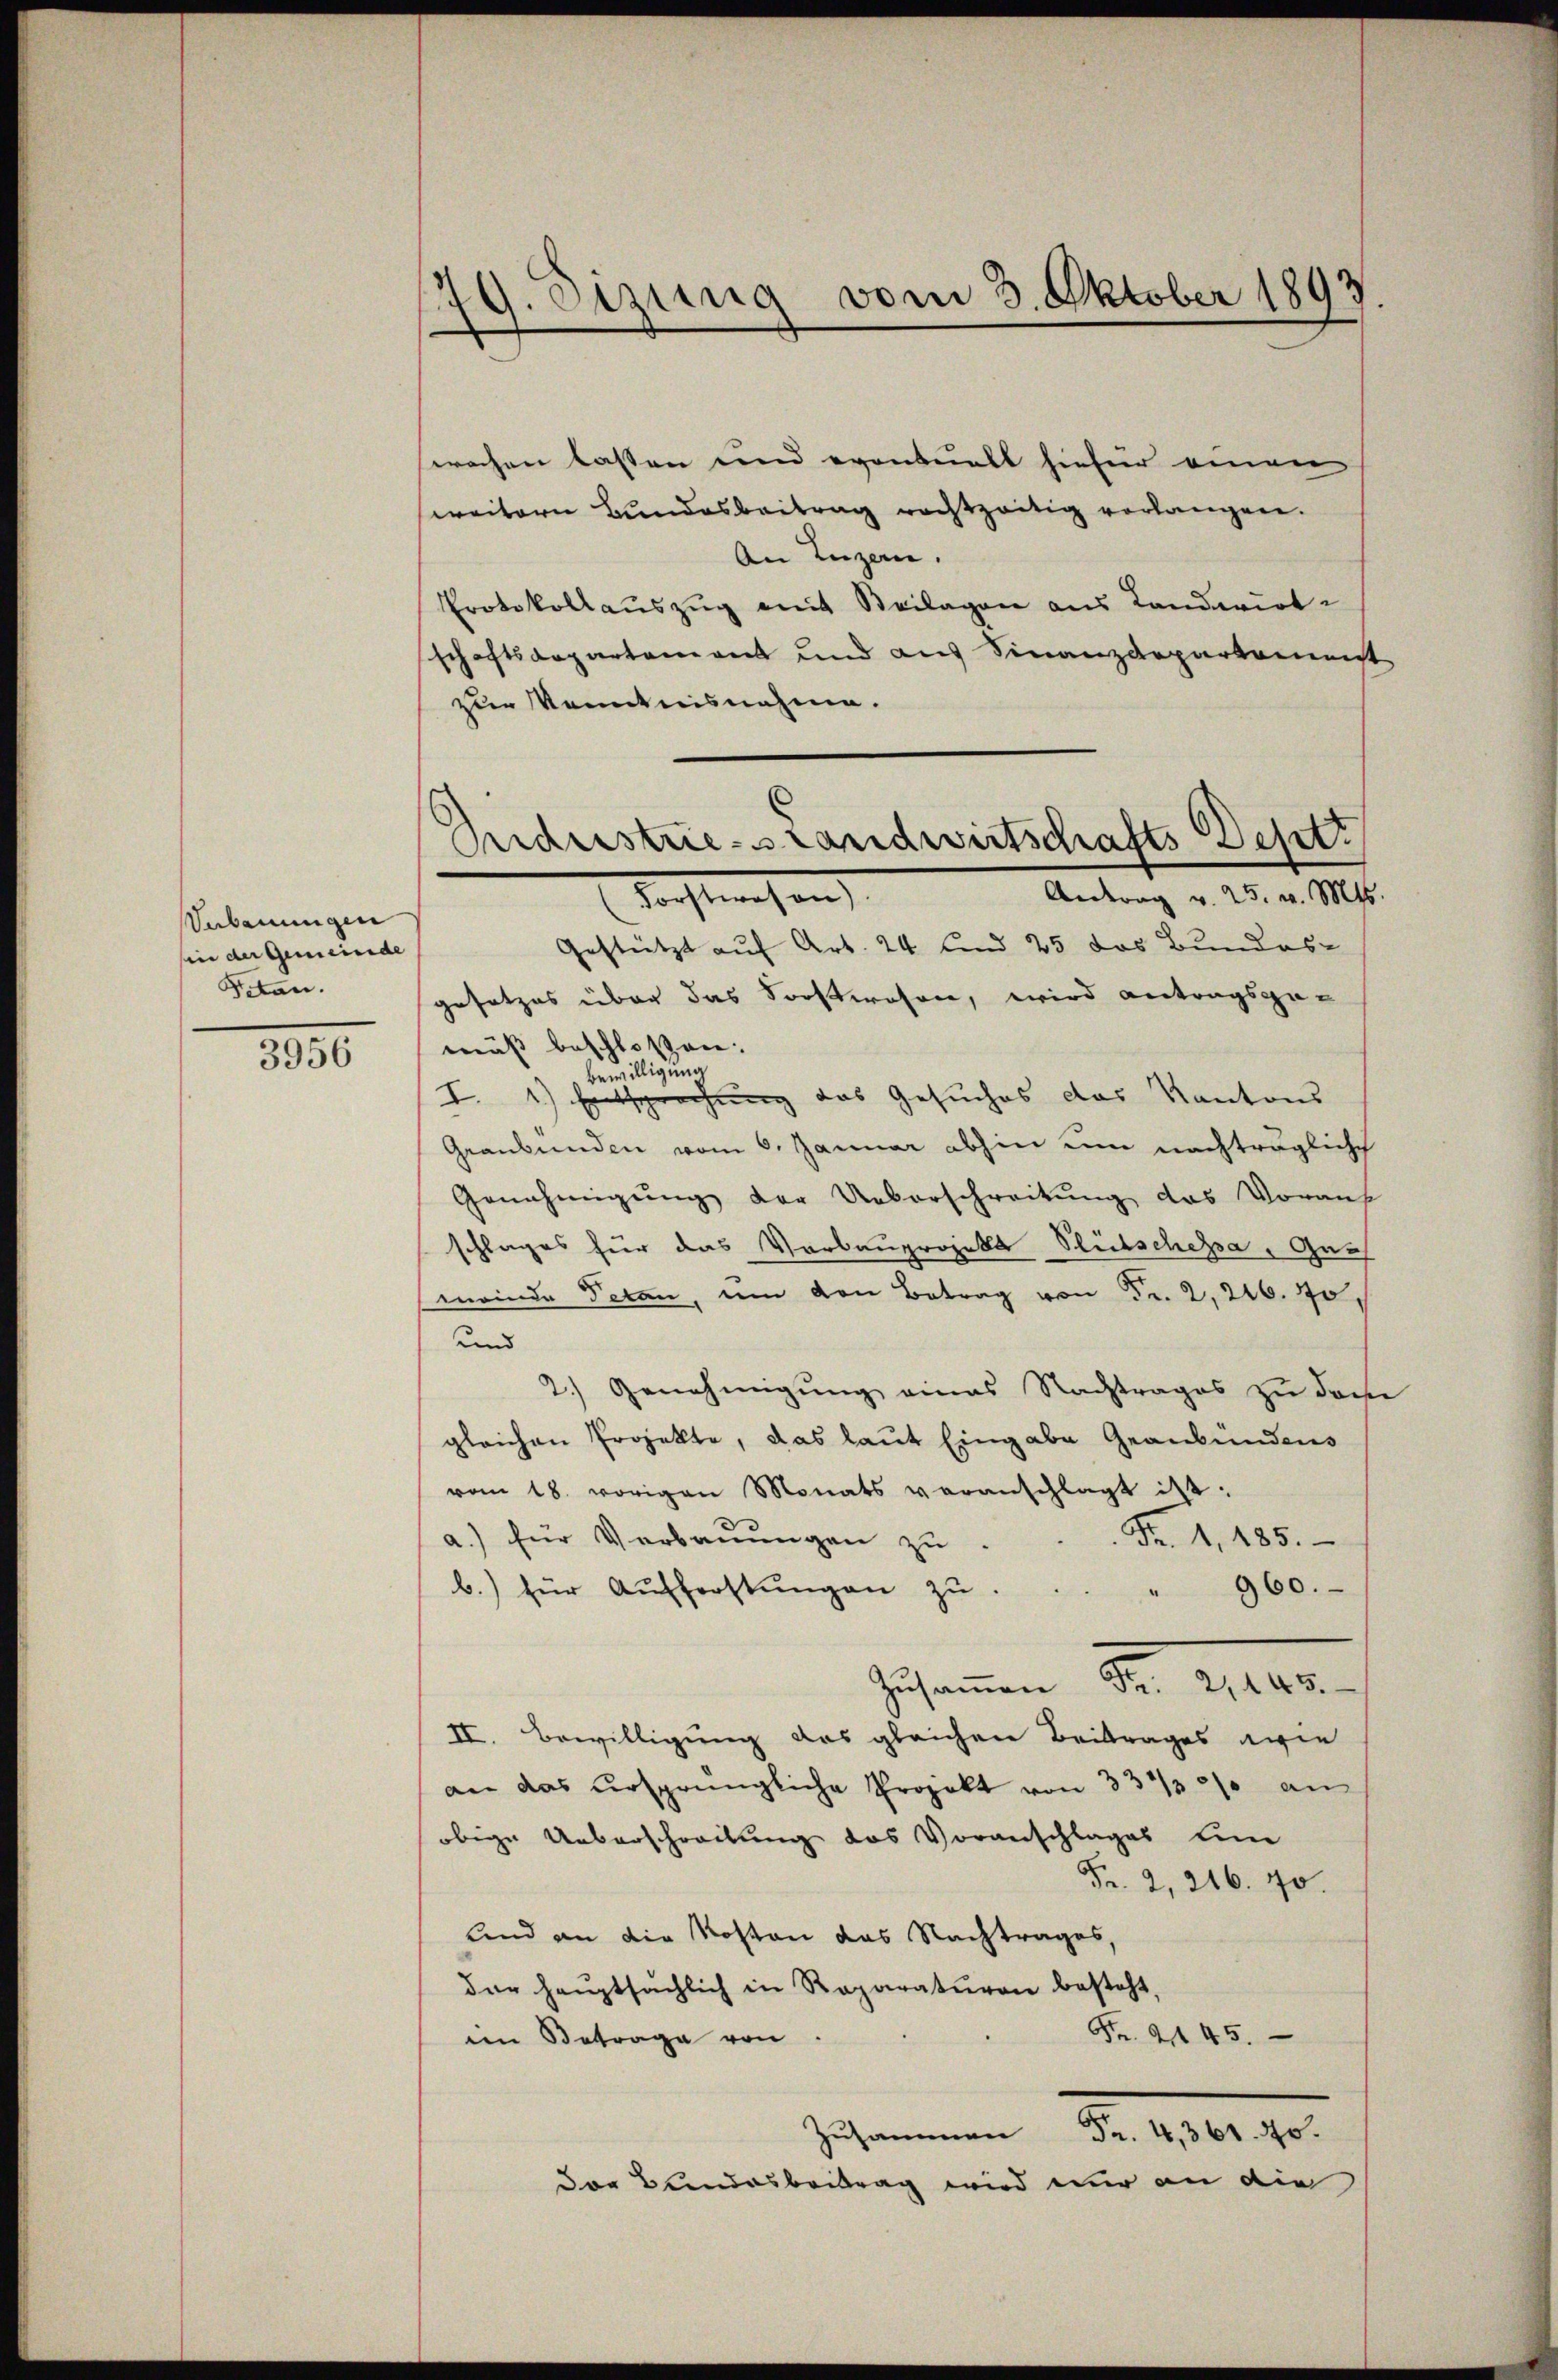
Vebauungen
hin der Gemeinde
Petan.

3956

79. Sizung vom 3. Oktober 1893

Industrie-Landwirtschafts Desetz
Antrag v. 25. v. Mts
Forstwesen

sprochen lassen und eventuell hiefür einen
weitern Bundesbeitrag rechtzeitig verlangen.
An Luzern.
Protokollauszug mit Beilagen aus Landavirte
schaftsarpartement und aus Finanzdepartamen
zur Kenntnisnahme.
Gestützt auf Art. 24 und 25 das Bundes-
gesetzes über das Sonstwesen, wird antragsge-
mäß beschlossen.
Bewilligung
I.1) Entsprechung des Gesuches das Kantons
Graubünden vom 6. Januar abhin um nachträgliche
Genehmigŭng der Ueberschreitŭng das Vorans
schlages für das Verbauprojekt Blitschessa, Gar
meinde Peten, um den Betrag von Fr. 2, 216. Jo
und
2.) Genehmigung eines Nachtrages zu doch
gleichen Projekte, das laut Eingabe Graubündens
vom 18. vorigen Monats veranschlagt ist.
a.) für Verbaŭŭngen zŭ . . . Fr. 1. 485.
b.) für Aŭsforstŭngen zŭ. . . " 960.
Zusammen Fr. 11ten
II. Bewilligung das gleichen Beitrages wie
an das ursprüngliche Projekt von 33 1/2% an
obige Ueberschreibung des Voranschlages en
Fr. 2, 216. 70.
Und an die Kosten das Nachtrages,
der Hauptsächlich in Reparaturen besteht,
Fr. ad 45.
im Betrage von
Zusammen Fr. 4,361. 40.
Der Bundesbeitrag wird nur an die

t